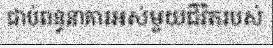
ជាប់ពន្ធនាគារអស់មួយជីវិតរបស់